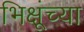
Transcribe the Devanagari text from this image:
भिक्षूंच्या